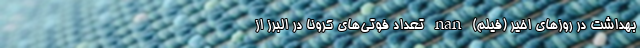
بهداشت در روزهای اخیر (فیلم) nan تعداد فوتی‌های کرونا در البرز از